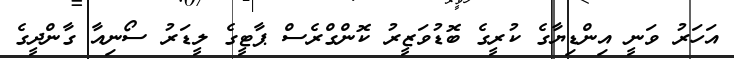
އަހަރު ވަނީ އިންޑިޔާގެ ކުރީގެ ބޮޑުވަޒީރު ކޮންގްރެސް ޕާޓީގެ ލީޑަރު ސޯނިއާ ގާންދީގެ